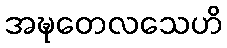
အဍ္ဎတေလသေဟိ